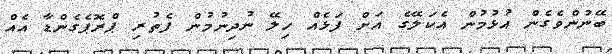
ބޭނުންވެގެން އުޅުމުން އެކަލޭގެ އަށް ފަޅެއް ހިލޭ ނުދިނުމުން ފެތުރި ޕްރޮޕެގެންޑާ އެއް